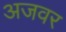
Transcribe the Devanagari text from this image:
अजवर